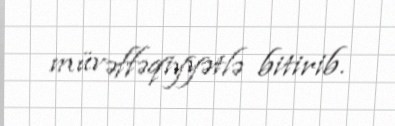
müvəffəqiyyətlə bitirib.